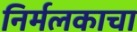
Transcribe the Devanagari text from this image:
निर्मलकाचा